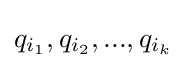
q_{i_{1}},q_{i_{2}},...,q_{i_{k}}